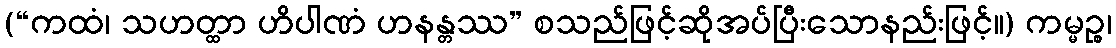
(“ကထံ၊ သဟတ္ထာ ဟိပါဏံ ဟနန္တဿ” စသည်ဖြင့်ဆိုအပ်ပြီးသောနည်းဖြင့်။) ကမ္မဉ္စ၊